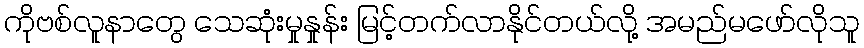
ကိုဗစ်လူနာတွေ သေဆုံးမှုနှုန်း မြင့်တက်လာနိုင်တယ်လို့ အမည်မဖော်လိုသူ